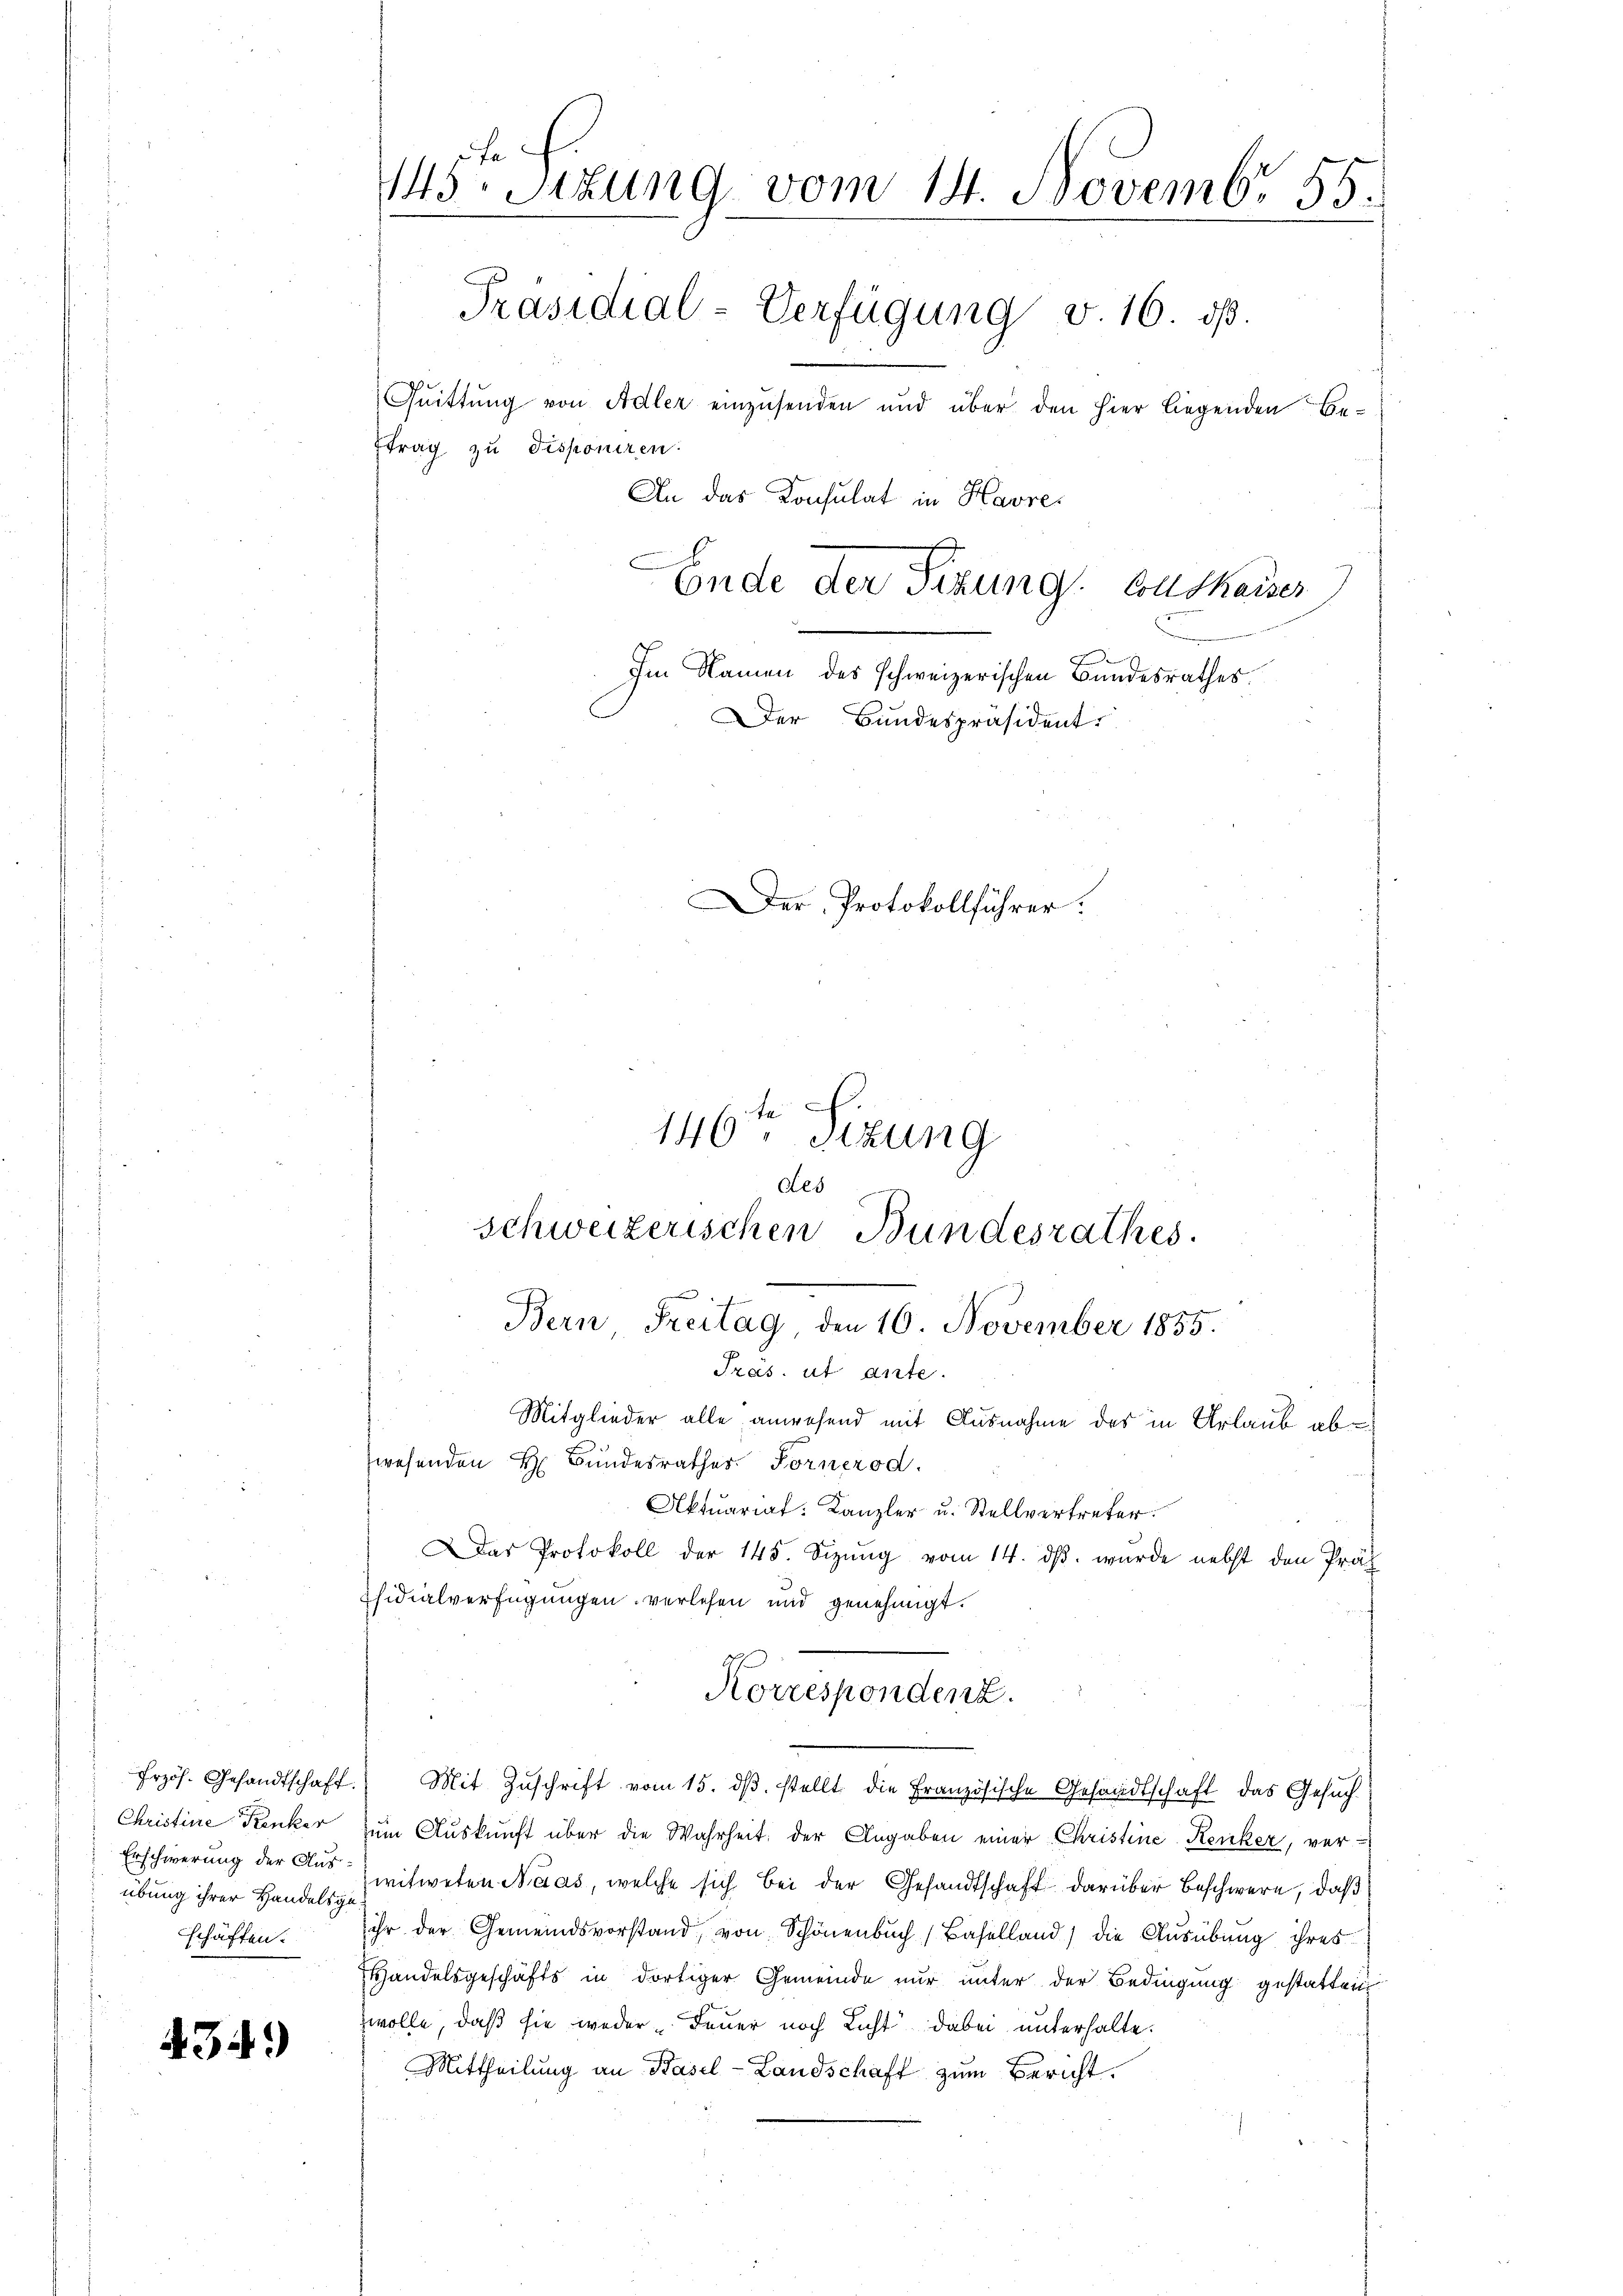
frzös. Gesandtschaft.
Christine Kranker
Erschwerung der Ausübung ihrer Handelsge
schäften.

434.)

145ten Sizung vom 14. Novemb. 55.
Präsidial-Verfügung v. 16. ds.
Quittung von Adler einzusenden und über den hier liegenden Beftrag zu disponiren:
An das Konsulat in Havre,
Ende der Tizung. Guthaiser
Im Namen des schweizerischen Bundesrathes.
Der Bundespräsident
Der Protokollführer:

Mitglieder alle anwesend mit Ausnahme des in Urlaub abwesenden H. Bundesrathes Fornerod.
Aktuariat: Kanzler u. Stellvertreter.
Das Protokoll der 145. Sizŭng vom 14. dβ. wurde nebst den Präs
sidialverfügungen verlesen und genehmigt.
Korrespondenz.
Mit Zuschrift vom 15. dβ. stellt die Französische Gesandtschaft das Gesuch
zum Auskunft über die Wahrheit der Angaben einer Christine-Renker, ver-
witweten Naas, welche sich bei der Gesandtschaft darüber beschwere, daß
ihr der Gemeindsvorstand, von Schönenbuch (Baselland) die Ausübung ihres
Handelsgeschäfts in dortiger Gemeinde nur unter der Bedingung gestatten
zwolle, daß sie weder Feuer noch Licht dabei unterhalte.
Mittheilung an Basel-Landschaft zum Bericht.

146ten Sizung
.
Bern Freitag, den 10. November 1855.
Tras. ut ante.

des
schweizerischen Bundesrathes.